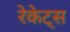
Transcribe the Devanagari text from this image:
रेकेट्स